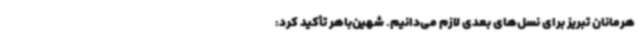
هرمانان تبریز برای نسل‌های بعدی لازم می‌دانیم. شهین‌باهر تأکید کرد: